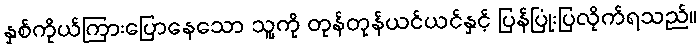
နှစ်ကိုယ်ကြားပြောနေသော သူ့ကို တုန်တုန်ယင်ယင်နှင့် ပြန်ပြုံးပြလိုက်ရသည်။